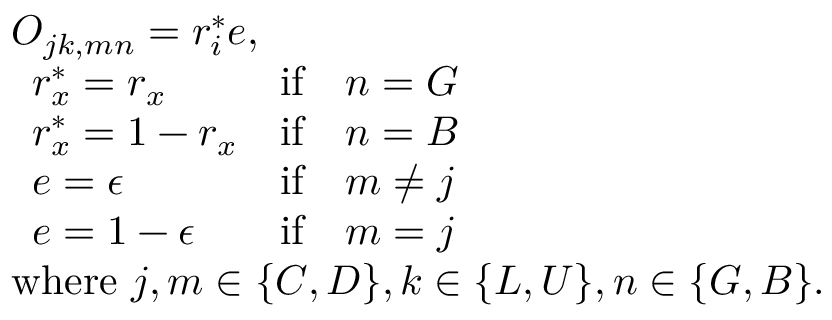
\begin{array} { l } { O _ { j k , m n } = r _ { i } ^ { * } e , } \\ { \begin{array} { l l l } { r _ { x } ^ { * } = r _ { x } } & { \mathrm { i f } } & { n = G } \\ { r _ { x } ^ { * } = 1 - r _ { x } } & { \mathrm { i f } } & { n = B } \\ { e = \epsilon } & { \mathrm { i f } } & { m \neq j } \\ { e = 1 - \epsilon } & { \mathrm { i f } } & { m = j } \end{array} } \\ { \mathrm { w h e r e ~ } j , m \in \{ C , D \} , k \in \{ L , U \} , n \in \{ G , B \} . } \end{array}